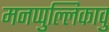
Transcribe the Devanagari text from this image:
मनप्पुल्लिकावु